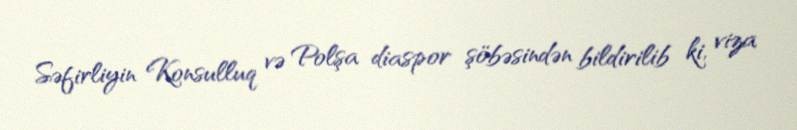
Səfirliyin Konsulluq və Polşa diaspor şöbəsindən bildirilib ki, viza